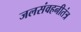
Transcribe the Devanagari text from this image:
जलसंवहनीतंत्र